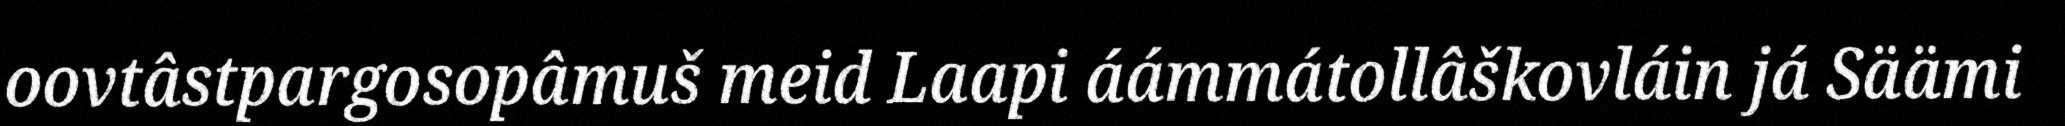
oovtâstpargosopâmuš meid Laapi áámmátollâškovláin já Säämi